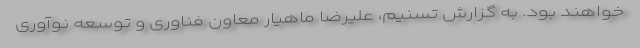
خواهند بود. به گزارش تسنیم، علیرضا ماهیار معاون فناوری و توسعه نوآوری